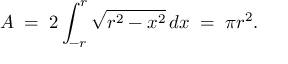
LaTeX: A \; = \; 2 \int _ { - r } ^ { r } { \sqrt { r ^ { 2 } - x ^ { 2 } } } \, d x \; = \; \pi r ^ { 2 } .